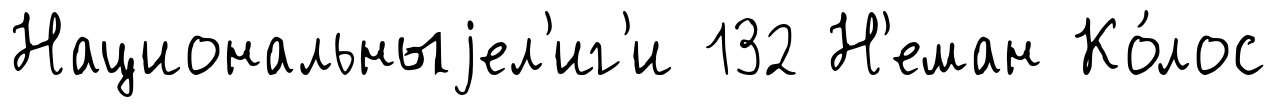
Национальныjел'иг'и 132 Н'еман Ко́лос